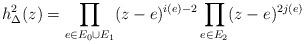
LaTeX: \begin{align*}h_\Delta^2(z) = \prod_{e\in E_0\cup E_1}(z-e)^{i(e)-2}\prod_{e\in E_2}(z-e)^{2j(e)}\end{align*}